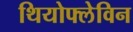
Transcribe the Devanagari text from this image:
थियोफ्लेविन